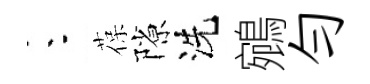
朱葆隙洗鵷勻